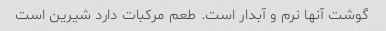
گوشت آنها نرم و آبدار است. طعم مرکبات دارد شیرین است